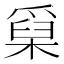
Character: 𤔥